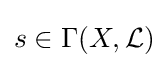
s\in \Gamma (X,{\mathcal {L}})